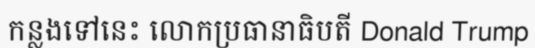
កន្លងទៅនេះ លោកប្រធានាធិបតី Donald Trump